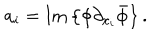
a _ { i } = \mathrm { { I m } } \left\{ \phi \partial _ { x _ { i } } \bar { \phi } \right\} .